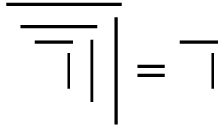
{ \overline { { \ { \overline { { \ { \overline { { \ \ | } } } \ { \Big | } } } } \ { \Bigg | } } } } = { \overline { { \ \ | } } }